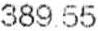
389.55